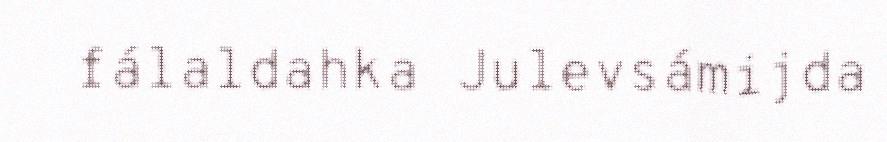
fálaldahka Julevsámijda